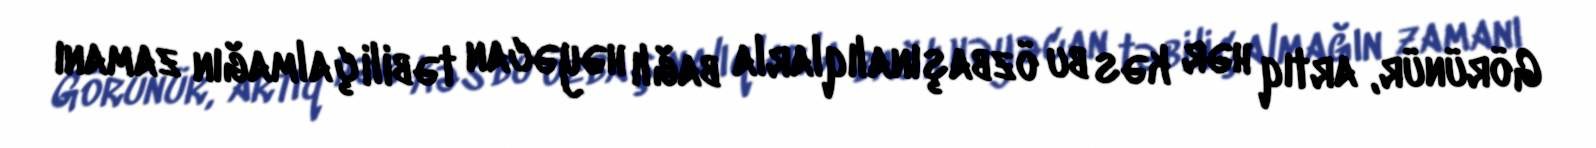
Görünür, artıq hər kəs bu özbaşınalıqlarla bağlı həyəcan təbili çalmağın zamanı